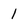
Character: 1